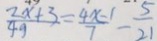
\frac { 2 x + 3 } { 4 9 } = \frac { 4 x - 1 } { 7 } - \frac { 5 } { 2 1 }